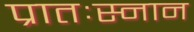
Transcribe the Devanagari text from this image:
प्रातःस्नान